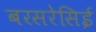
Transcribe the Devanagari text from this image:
बरसरेसिई